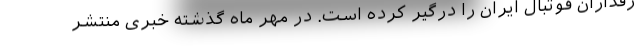
رفداران فوتبال ایران را درگیر کرده است. در مهر ماه گذشته خبری منتشر